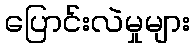
ပြောင်းလဲမှုများ